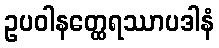
ဥပဝါနတ္ထေရဿာပဒါနံ